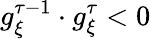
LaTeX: g_{\xi}^{\tau-1}\cdot g_{\xi}^{\tau}<0